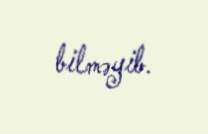
bilməyib.